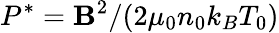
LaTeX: P^{*}=\mathbf{B}^{2}/(2\mu_{0}n_{0}k_{B}T_{0})